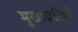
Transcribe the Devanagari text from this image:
मुखाकृतियाँ